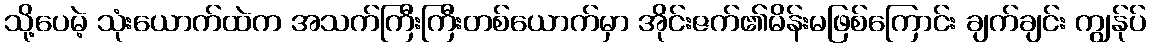
သို့ပေမဲ့ သုံးယောက်ထဲက အသက်ကြီးကြီးတစ်ယောက်မှာ အိုင်းဇက်၏မိန်းမဖြစ်ကြောင်း ချက်ချင်း ကျွန်ုပ်